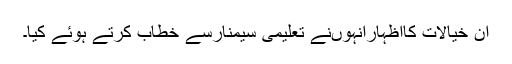
ان خیالات کااظہارانہوںنے تعلیمی سیمنارسے خطاب کرتے ہوئے کیا۔